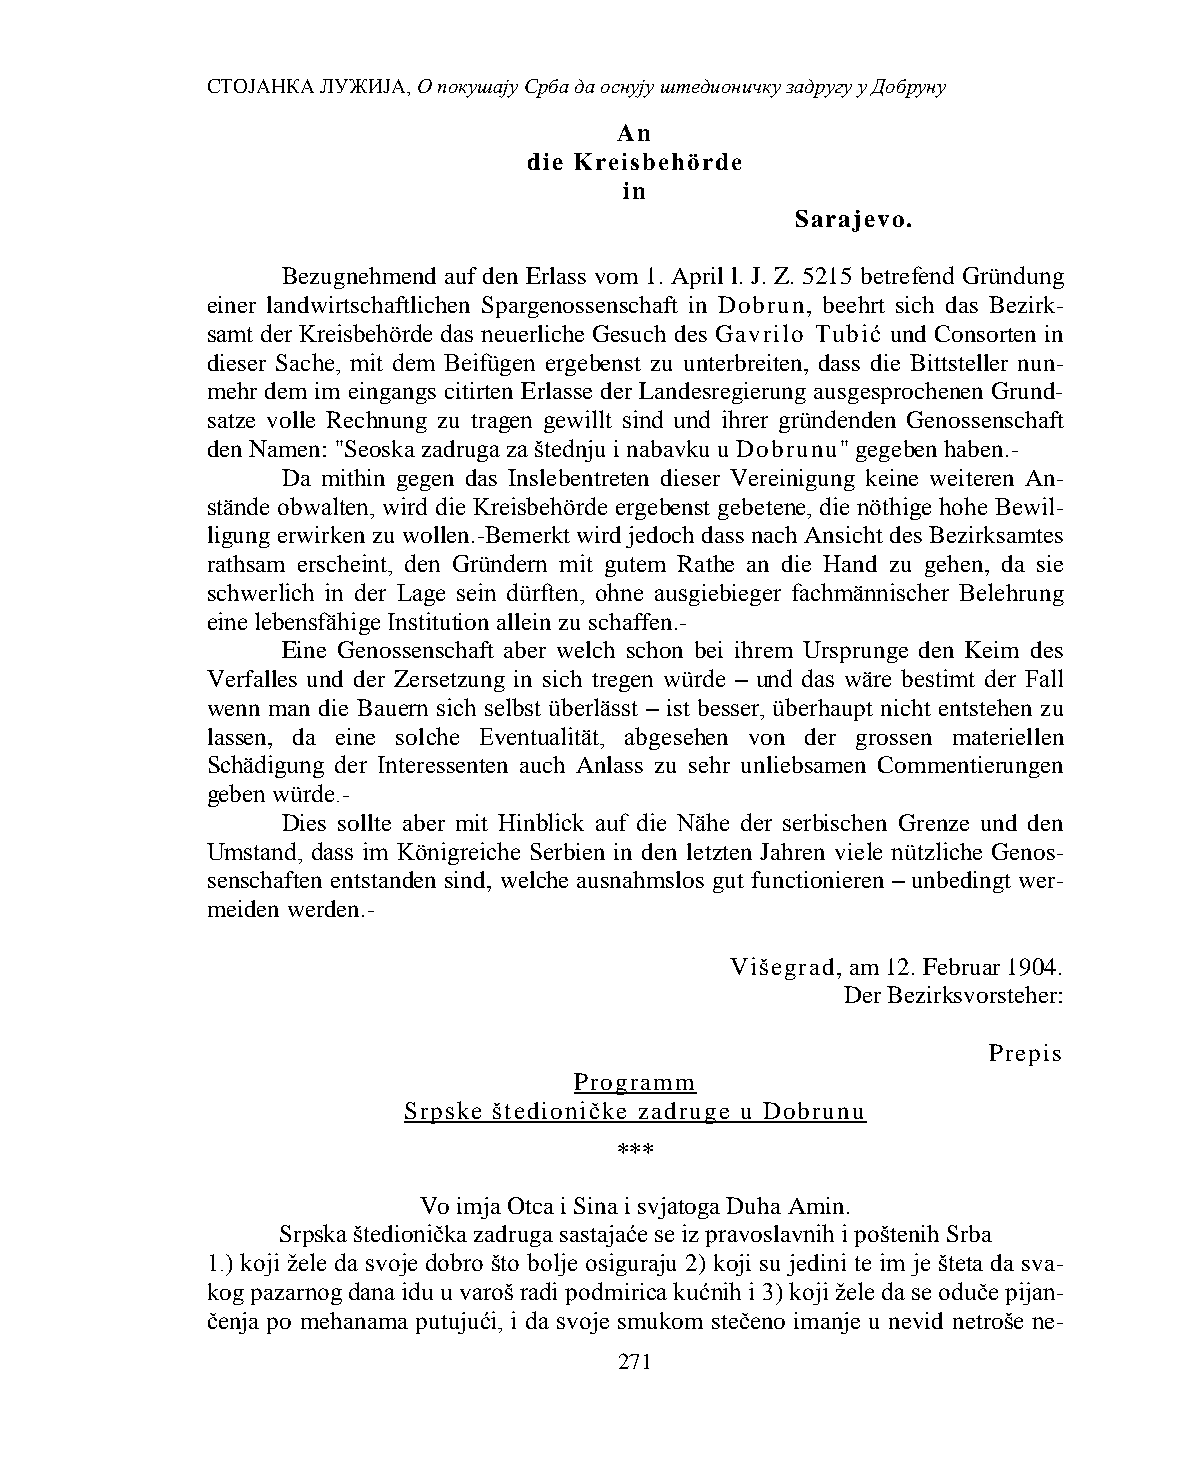
СТОЈАНКА ЛУЖИЈА, О покушају Срба да оснују штедионичку задругу у Добруну
 An
 die Kreisbehörde
 in
 Sarajevo.
 Bezugnehmend auf den Erlass vom 1. April l. J. Z. 5215 betrefend Gründung
 einer landwirtschaftlichen Spargenossenschaft in Dobrun, beehrt sich das Bezirk-
 samt der Kreisbehörde das neuerliche Gesuch des Gavrilo Tubić und Consorten in
 dieser Sache, mit dem Beifügen ergebenst zu unterbreiten, dass die Bittsteller nun-
 mehr dem im eingangs citirten Erlasse der Landesregierung ausgesprochenen Grund-
 satze volle Rechnung zu tragen gewillt sind und ihrer gründenden Genossenschaft
 den Namen: ''Seoska zadruga za štednju i nabavku u Dobrunu'' gegeben haben.-
 Da mithin gegen das Inslebentreten dieser Vereinigung keine weiteren An-
 stände obwalten, wird die Kreisbehörde ergebenst gebetene, die nöthige hohe Bewil-
 ligung erwirken zu wollen.-Bemerkt wird jedoch dass nach Ansicht des Bezirksamtes
 rathsam erscheint, den Gründern mit gutem Rathe an die Hand zu gehen, da sie
 schwerlich in der Lage sein dürften, ohne ausgiebieger fachmännischer Belehrung
 eine lebensfähige Institution allein zu schaffen.-
 Eine Genossenschaft aber welch schon bei ihrem Ursprunge den Keim des
 Verfalles und der Zersetzung in sich tregen würde – und das wäre bestimt der Fall
 wenn man die Bauern sich selbst überlässt – ist besser, überhaupt nicht entstehen zu
 lassen, da eine solche Eventualität, abgesehen von der grossen materiellen
 Schädigung der Interessenten auch Anlass zu sehr unliebsamen Commentierungen
 geben würde.-
 Dies sollte aber mit Hinblick auf die Nähe der serbischen Grenze und den
 Umstand, dass im Königreiche Serbien in den letzten Jahren viele nützliche Genos-
 senschaften entstanden sind, welche ausnahmslos gut functionieren – unbedingt wer-
 meiden werden.-
 Višegrad, am 12. Februar 1904.
 Der Bezirksvorsteher:
 Prepis
 Programm
 Srpske štedioničke zadruge u Dobrunu
 ***
 Vo imja Otca i Sina i svjаtoga Duha Amin.
 Srpska štedionička zadruga sastajaće se iz pravoslavnih i poštenih Srba
 1.) koji žele da svoje dobro što bolje osiguraju 2) koji su jedini te im je šteta da sva-
 kog pazarnog dana idu u varoš radi podmirica kućnih i 3) koji žele da se oduče pijan-
 čenja po mehanama putujući, i da svoje smukom stečeno imanje u nevid netroše ne-
 271